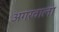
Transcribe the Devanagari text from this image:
अगरवाला